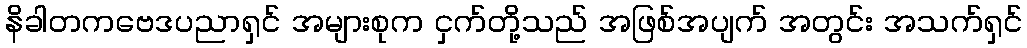
နိခါတကဗေဒပညာရှင် အများစုက ငှက်တို့သည် အဖြစ်အပျက် အတွင်း အသက်ရှင်